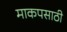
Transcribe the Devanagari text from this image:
माकपसाठी